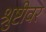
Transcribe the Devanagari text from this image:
श्रुष्टीवर